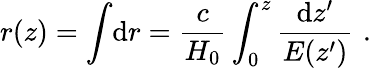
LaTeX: r(z)=\int\! \mathrm{d}r=\frac{c}{H_{0}}\int_{0}^{z}\frac{\mathrm{d}z^{\prime}}{E(z^{\prime})}\, \, .